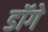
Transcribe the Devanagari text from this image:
डॉगे